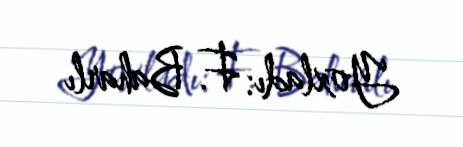
Yoxladı: F. Baharlı